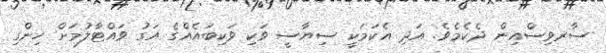
ސާރވިސްއިން ދެކެމެވެ. އަދި އެކަމަކީ ސިޔާސީ ވަކި ވަކިބައެއްގެ އަގު ވައްޓާލުމަށް ހިންގި